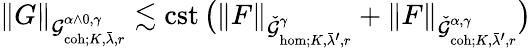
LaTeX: \| G\| _{\mathcal{G}_{\mathrm{coh};K,\bar{\lambda},r}^{\alpha\wedge 0,\gamma}}\lesssim\mathrm{cst}\, \big(\| F\| _{\check{\mathcal{G}}_{\mathrm{hom};K,\bar{\lambda}^{\prime},r}^{\gamma}}+\| F\| _{\check{\mathcal{G}}_{\mathrm{coh};K,\bar{\lambda}^{\prime},r}^{\alpha,\gamma}}\big)